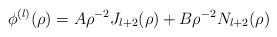
LaTeX: \begin{align*}\phi^{(l)} (\rho) = A \rho^{-2} J_{l + 2} (\rho)+B \rho^{-2} N_{l + 2} (\rho)\end{align*}